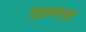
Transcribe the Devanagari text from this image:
घेतानाही